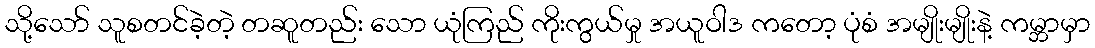
သို့သော် သူစတင်ခဲ့တဲ့ တဆူတည်း သော ယုံကြည် ကိုးကွယ်မှု အယူဝါဒ ကတော့ ပုံစံ အမျိုးမျိုးနဲ့ ကမ္ဘာမှာ